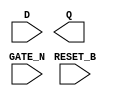
module sky130_fd_sc_hd__dlrtn (
    //# {{data|Data Signals}}
    input  D      ,
    output Q      ,

    //# {{control|Control Signals}}
    input  RESET_B,

    //# {{clocks|Clocking}}
    input  GATE_N
);

    // Voltage supply signals
    supply1 VPWR;
    supply0 VGND;
    supply1 VPB ;
    supply0 VNB ;

endmodule